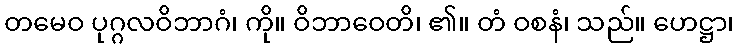
တမေဝ ပုဂ္ဂလဝိဘာဂံ၊ ကို။ ဝိဘာဝေတိ၊ ၏။ တံ ဝစနံ၊ သည်။ ဟေဋ္ဌာ၊